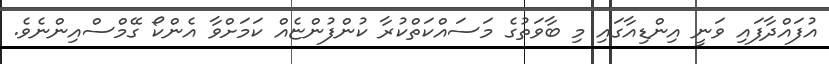
އުފައްދާފައި ވަނީ އިންޑިއާގައި މި ބާވަތުގެ މަސައްކަތްކުރާ ކުންފުންޏެއް ކަމަށްވާ އެންކޯ ގޭމްސްއިންނެވެ.